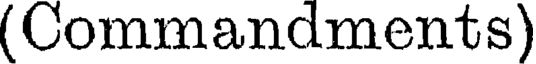
(Commandments)